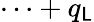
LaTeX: \cdots+q_{\mathsf{L}}